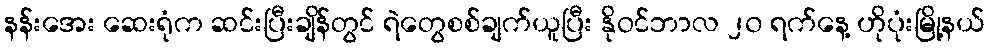
နန်းအေး ဆေးရုံက ဆင်းပြီးချိန်တွင် ရဲတွေစစ်ချက်ယူပြီး နိုဝင်ဘာလ ၂၀ ရက်နေ့ ဟိုပုံးမြို့နယ်